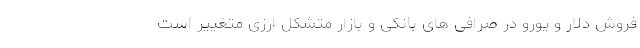
فروش دلار و یورو در صرافی های بانکی و بازار متشکل ارزی متغییر است